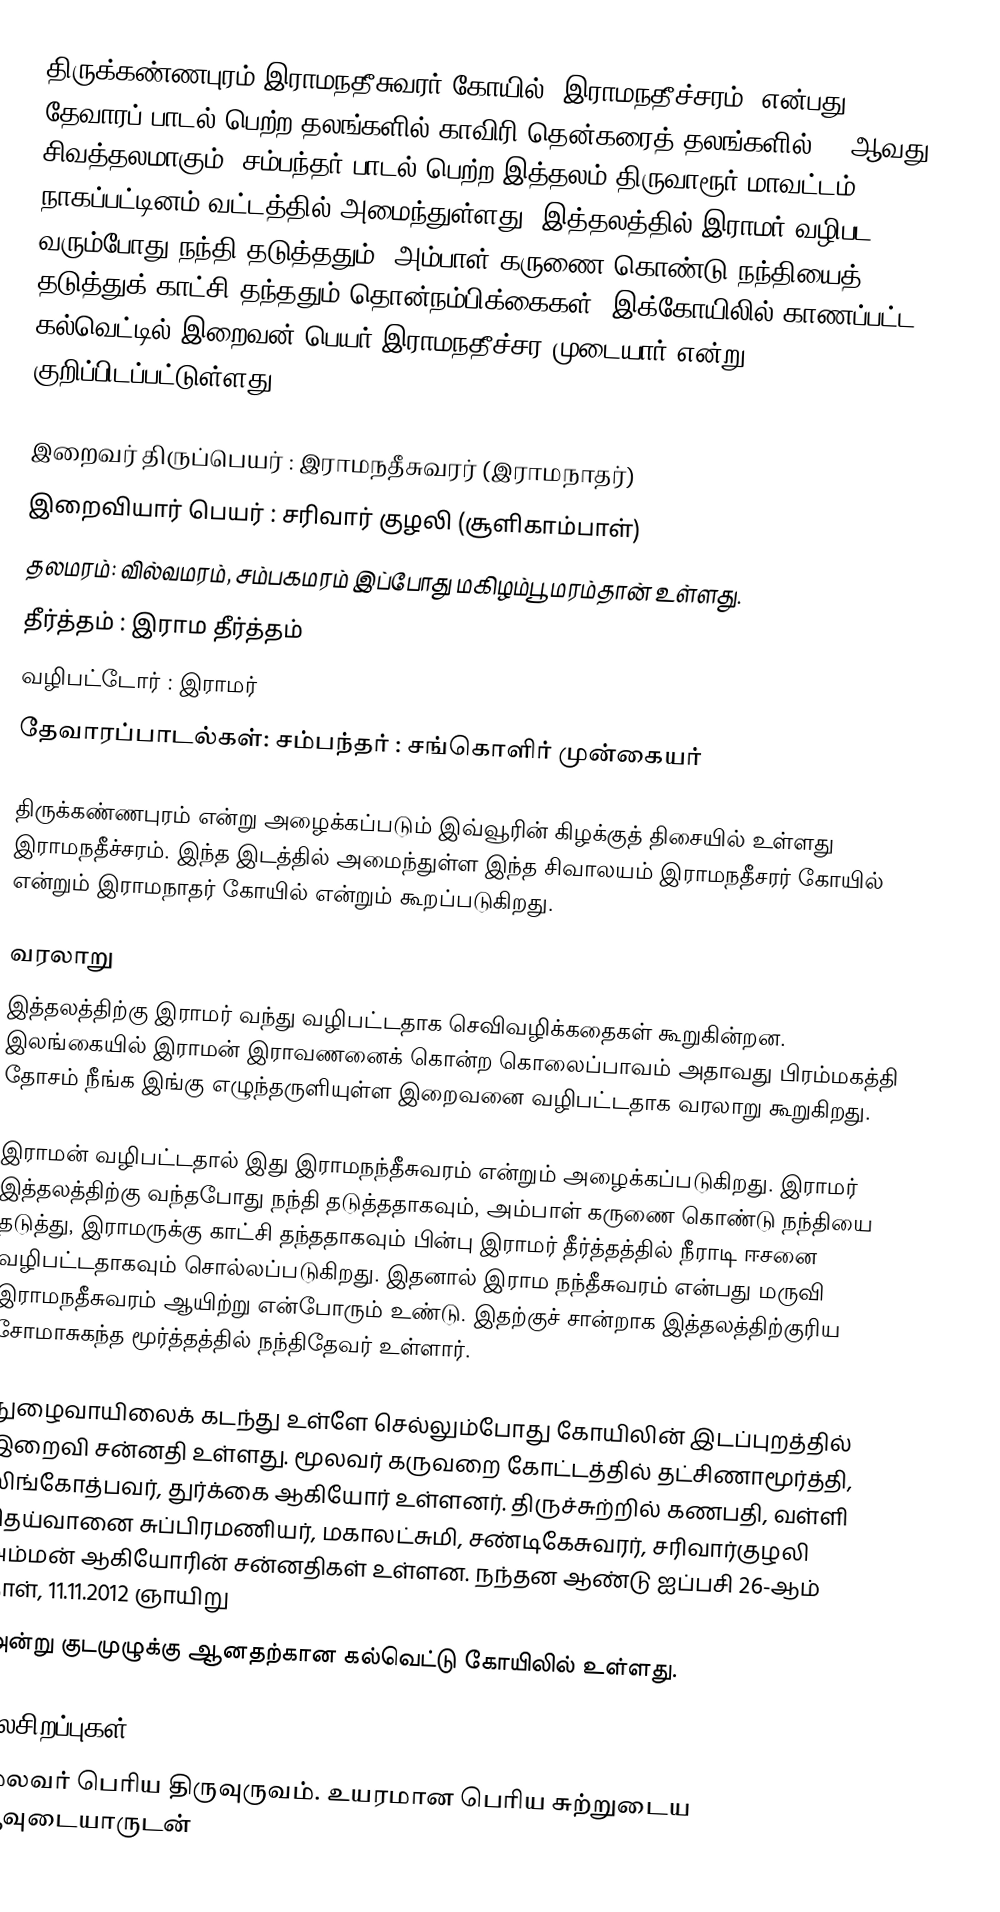
திருக்கண்ணபுரம் இராமநதீசுவரர் கோயில் (இராமநதீச்சரம்) என்பது தேவாரப் பாடல் பெற்ற தலங்களில் காவிரி தென்கரைத் தலங்களில் 77-ஆவது சிவத்தலமாகும். சம்பந்தர் பாடல் பெற்ற இத்தலம்  திருவாரூர் மாவட்டம்  நாகப்பட்டினம் வட்டத்தில் அமைந்துள்ளது. இத்தலத்தில் இராமர் வழிபட வரும்போது நந்தி தடுத்ததும், அம்பாள் கருணை கொண்டு நந்தியைத் தடுத்துக் காட்சி தந்ததும் தொன்நம்பிக்கைகள். இக்கோயிலில் காணப்பட்ட கல்வெட்டில்  இறைவன் பெயர் இராமநதீச்சர முடையார் என்று குறிப்பிடப்பட்டுள்ளது.

இறைவர் திருப்பெயர் : இராமநதீசுவரர் (இராமநாதர்)
இறைவியார் பெயர் : சரிவார் குழலி (சூளிகாம்பாள்)
தலமரம்: வில்வமரம், சம்பகமரம் இப்போது மகிழம்பூ மரம்தான் உள்ளது.
தீர்த்தம் : இராம தீர்த்தம்
வழிபட்டோர் : இராமர்
தேவாரப்பாடல்கள்: சம்பந்தர் : சங்கொளிர் முன்கையர்

திருக்கண்ணபுரம் என்று அழைக்கப்படும் இவ்வூரின் கிழக்குத் திசையில் உள்ளது இராமநதீச்சரம். இந்த இடத்தில் அமைந்துள்ள இந்த சிவாலயம் இராமநதீசரர் கோயில் என்றும் இராமநாதர் கோயில் என்றும் கூறப்படுகிறது.

வரலாறு
இத்தலத்திற்கு இராமர் வந்து வழிபட்டதாக செவிவழிக்கதைகள் கூறுகின்றன. இலங்கையில் இராமன் இராவணனைக் கொன்ற கொலைப்பாவம் அதாவது பிரம்மகத்தி தோசம் நீங்க இங்கு எழுந்தருளியுள்ள இறைவனை வழிபட்டதாக வரலாறு கூறுகிறது.

இராமன் வழிபட்டதால் இது இராமநந்தீசுவரம் என்றும் அழைக்கப்படுகிறது. இராமர் இத்தலத்திற்கு வந்தபோது நந்தி தடுத்ததாகவும், அம்பாள் கருணை கொண்டு நந்தியை தடுத்து, இராமருக்கு காட்சி தந்ததாகவும் பின்பு இராமர் தீர்த்தத்தில் நீராடி ஈசனை வழிபட்டதாகவும் சொல்லப்படுகிறது. இதனால் இராம நந்தீசுவரம் என்பது மருவி இராமநதீசுவரம் ஆயிற்று என்போரும் உண்டு. இதற்குச் சான்றாக இத்தலத்திற்குரிய சோமாசுகந்த மூர்த்தத்தில் நந்திதேவர் உள்ளார்.

நுழைவாயிலைக் கடந்து உள்ளே செல்லும்போது கோயிலின் இடப்புறத்தில் இறைவி சன்னதி உள்ளது. மூலவர் கருவறை கோட்டத்தில் தட்சிணாமூர்த்தி, லிங்கோத்பவர், துர்க்கை ஆகியோர் உள்ளனர். திருச்சுற்றில் கணபதி, வள்ளி தெய்வானை சுப்பிரமணியர், மகாலட்சுமி, சண்டிகேசுவரர், சரிவார்குழலி அம்மன் ஆகியோரின் சன்னதிகள் உள்ளன. நந்தன ஆண்டு  ஐப்பசி 26-ஆம் நாள், 11.11.2012 ஞாயிறு
அன்று குடமுழுக்கு ஆனதற்கான கல்வெட்டு கோயிலில் உள்ளது.

தலசிறப்புகள்
மூலவர் பெரிய திருவுருவம். உயரமான பெரிய சுற்றுடைய ஆவுடையாருடன்